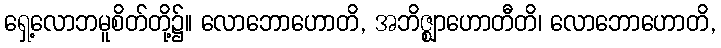
ရှေ့လောဘမူစိတ်တို့၌။ လောဘောဟောတိ, အဘိဇ္ဈာဟောတီတိ၊ လောဘောဟောတိ,